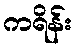
ကရိန်း